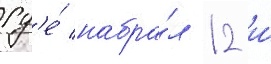
гд'е́ набра́л 12 и́